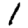
Digit: 1